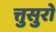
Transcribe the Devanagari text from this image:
त्तुसुरो